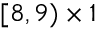
[ 8 , 9 ) \times 1